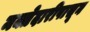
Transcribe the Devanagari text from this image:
मक्तेदारीपासून